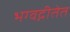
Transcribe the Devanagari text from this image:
भग्वद्गीतेत